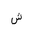
Letter: _shin